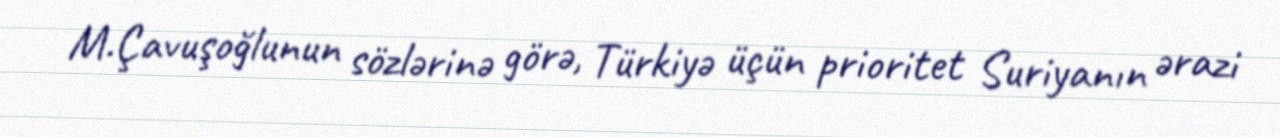
M.Çavuşoğlunun sözlərinə görə, Türkiyə üçün prioritet Suriyanın ərazi